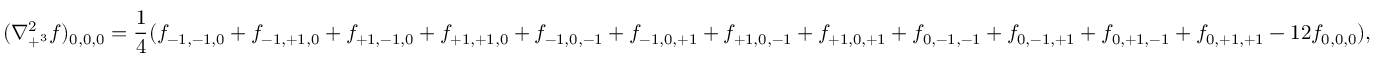
( \nabla _ { + ^ { 3 } } ^ { 2 } f ) _ { 0 , 0 , 0 } = { \frac { 1 } { 4 } } ( f _ { - 1 , - 1 , 0 } + f _ { - 1 , + 1 , 0 } + f _ { + 1 , - 1 , 0 } + f _ { + 1 , + 1 , 0 } + f _ { - 1 , 0 , - 1 } + f _ { - 1 , 0 , + 1 } + f _ { + 1 , 0 , - 1 } + f _ { + 1 , 0 , + 1 } + f _ { 0 , - 1 , - 1 } + f _ { 0 , - 1 , + 1 } + f _ { 0 , + 1 , - 1 } + f _ { 0 , + 1 , + 1 } - 1 2 f _ { 0 , 0 , 0 } ) ,